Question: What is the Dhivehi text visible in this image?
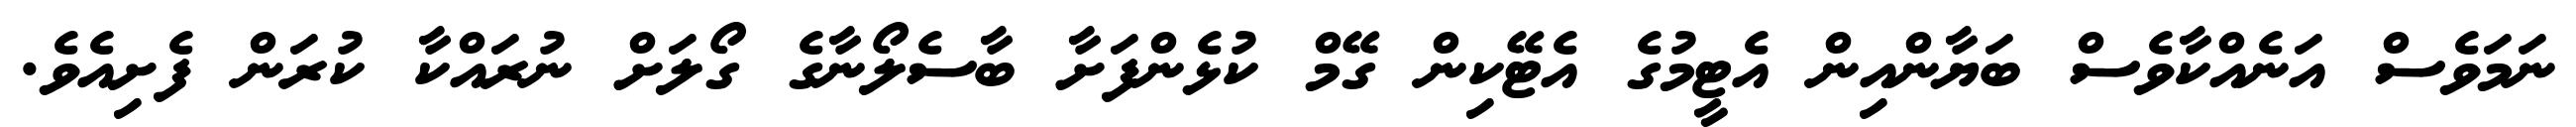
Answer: ނަމަވެސް އަނެއްކާވެސް ބަޔާންއިން އެޓީމުގެ އެޓޭކިން ގޭމް ކުޅެންފަށާ ބާސެލޯނާގެ ގޯލަށް ނުރައްކާ ކުރަން ފެށިއެވެ.